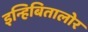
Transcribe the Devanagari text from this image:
इन्हिबितालोर